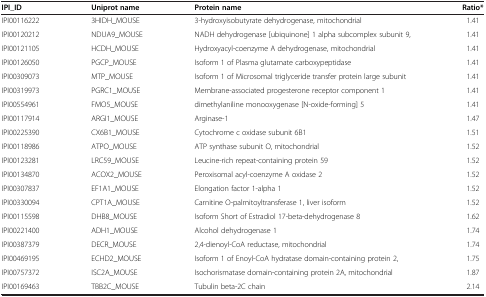
<table><thead><tr><td><b>IPI_ID</b></td><td><b>Uniprot name</b></td><td><b>Protein name</b></td><td><b>Ratio*</b></td></tr></thead><tbody><tr><td>IPI00116222</td><td>3HIDH_MOUSE</td><td>3-hydroxyisobutyrate dehydrogenase, mitochondrial</td><td>1.41</td></tr><tr><td>IPI00120212</td><td>NDUA9_MOUSE</td><td>NADH dehydrogenase [ubiquinone] 1 alpha subcomplex subunit 9,</td><td>1.41</td></tr><tr><td>IPI00121105</td><td>HCDH_MOUSE</td><td>Hydroxyacyl-coenzyme A dehydrogenase, mitochondrial</td><td>1.41</td></tr><tr><td>IPI00126050</td><td>PGCP_MOUSE</td><td>Isoform 1 of Plasma glutamate carboxypeptidase</td><td>1.41</td></tr><tr><td>IPI00309073</td><td>MTP_MOUSE</td><td>Isoform 1 of Microsomal triglyceride transfer protein large subunit</td><td>1.41</td></tr><tr><td>IPI00319973</td><td>PGRC1_MOUSE</td><td>Membrane-associated progesterone receptor component 1</td><td>1.41</td></tr><tr><td>IPI00554961</td><td>FMO5_MOUSE</td><td>dimethylaniline monooxygenase [N-oxide-forming] 5</td><td>1.41</td></tr><tr><td>IPI00117914</td><td>ARGI1_MOUSE</td><td>Arginase-1</td><td>1.47</td></tr><tr><td>IPI00225390</td><td>CX6B1_MOUSE</td><td>Cytochrome c oxidase subunit 6B1</td><td>1.51</td></tr><tr><td>IPI00118986</td><td>ATPO_MOUSE</td><td>ATP synthase subunit O, mitochondrial</td><td>1.52</td></tr><tr><td>IPI00123281</td><td>LRC59_MOUSE</td><td>Leucine-rich repeat-containing protein 59</td><td>1.52</td></tr><tr><td>IPI00134870</td><td>ACOX2_MOUSE</td><td>Peroxisomal acyl-coenzyme A oxidase 2</td><td>1.52</td></tr><tr><td>IPI00307837</td><td>EF1A1_MOUSE</td><td>Elongation factor 1-alpha 1</td><td>1.52</td></tr><tr><td>IPI00330094</td><td>CPT1A_MOUSE</td><td>Carnitine O-palmitoyltransferase 1, liver isoform</td><td>1.52</td></tr><tr><td>IPI00115598</td><td>DHB8_MOUSE</td><td>Isoform Short of Estradiol 17-beta-dehydrogenase 8</td><td>1.62</td></tr><tr><td>IPI00221400</td><td>ADH1_MOUSE</td><td>Alcohol dehydrogenase 1</td><td>1.74</td></tr><tr><td>IPI00387379</td><td>DECR_MOUSE</td><td>2,4-dienoyl-CoA reductase, mitochondrial</td><td>1.74</td></tr><tr><td>IPI00469195</td><td>ECHD2_MOUSE</td><td>Isoform 1 of Enoyl-CoA hydratase domain-containing protein 2,</td><td>1.75</td></tr><tr><td>IPI00757372</td><td>ISC2A_MOUSE</td><td>Isochorismatase domain-containing protein 2A, mitochondrial</td><td>1.87</td></tr><tr><td>IPI00169463</td><td>TBB2C_MOUSE</td><td>Tubulin beta-2C chain</td><td>2.14</td></tr></tbody></table>